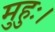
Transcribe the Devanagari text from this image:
मुहुः।